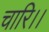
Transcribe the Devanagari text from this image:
चारि।।